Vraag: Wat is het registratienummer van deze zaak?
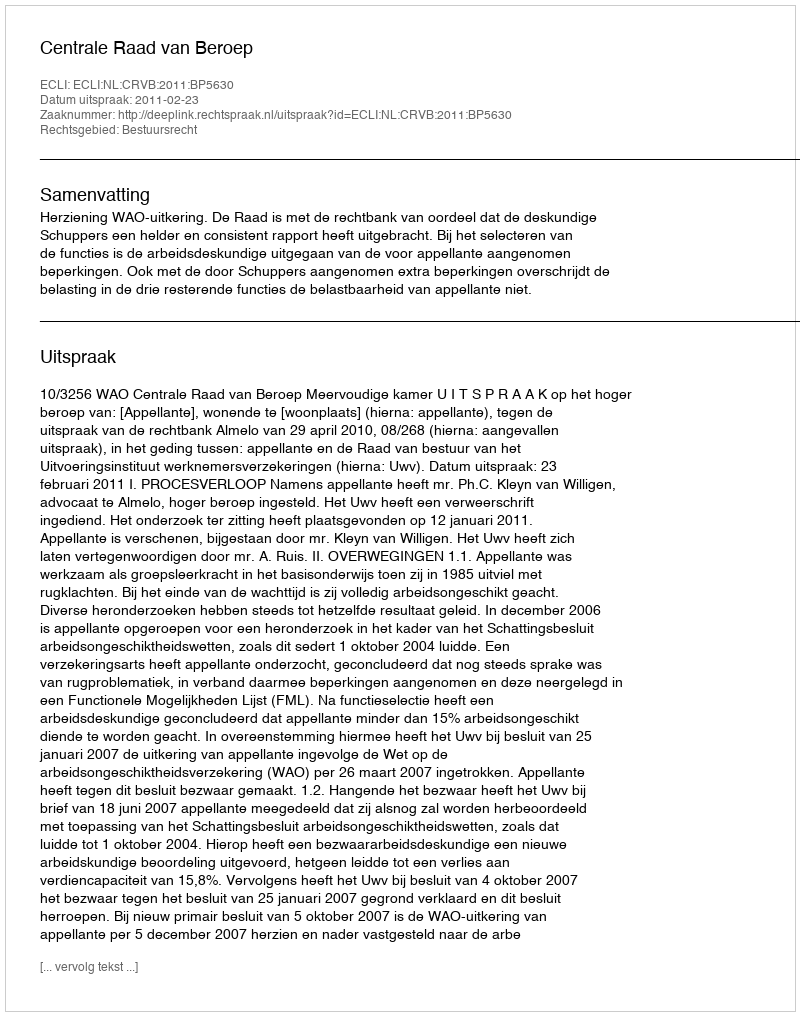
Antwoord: http://deeplink.rechtspraak.nl/uitspraak?id=ECLI:NL:CRVB:2011:BP5630